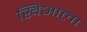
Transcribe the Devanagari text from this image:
खिआला